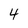
Character: 4